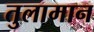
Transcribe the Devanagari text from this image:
तुलामान